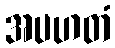
အပဟတံ